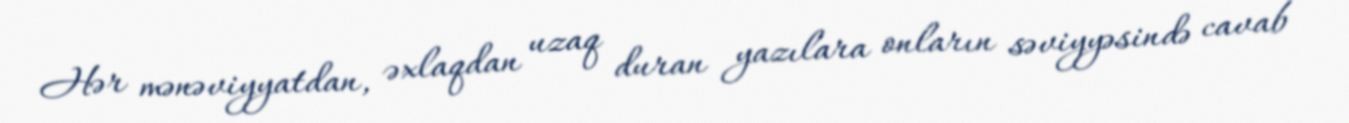
Hər mənəviyyatdan, əxlaqdan uzaq duran yazılara onların səviyyəsində cavab